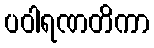
ပဝါရဏတိကာ